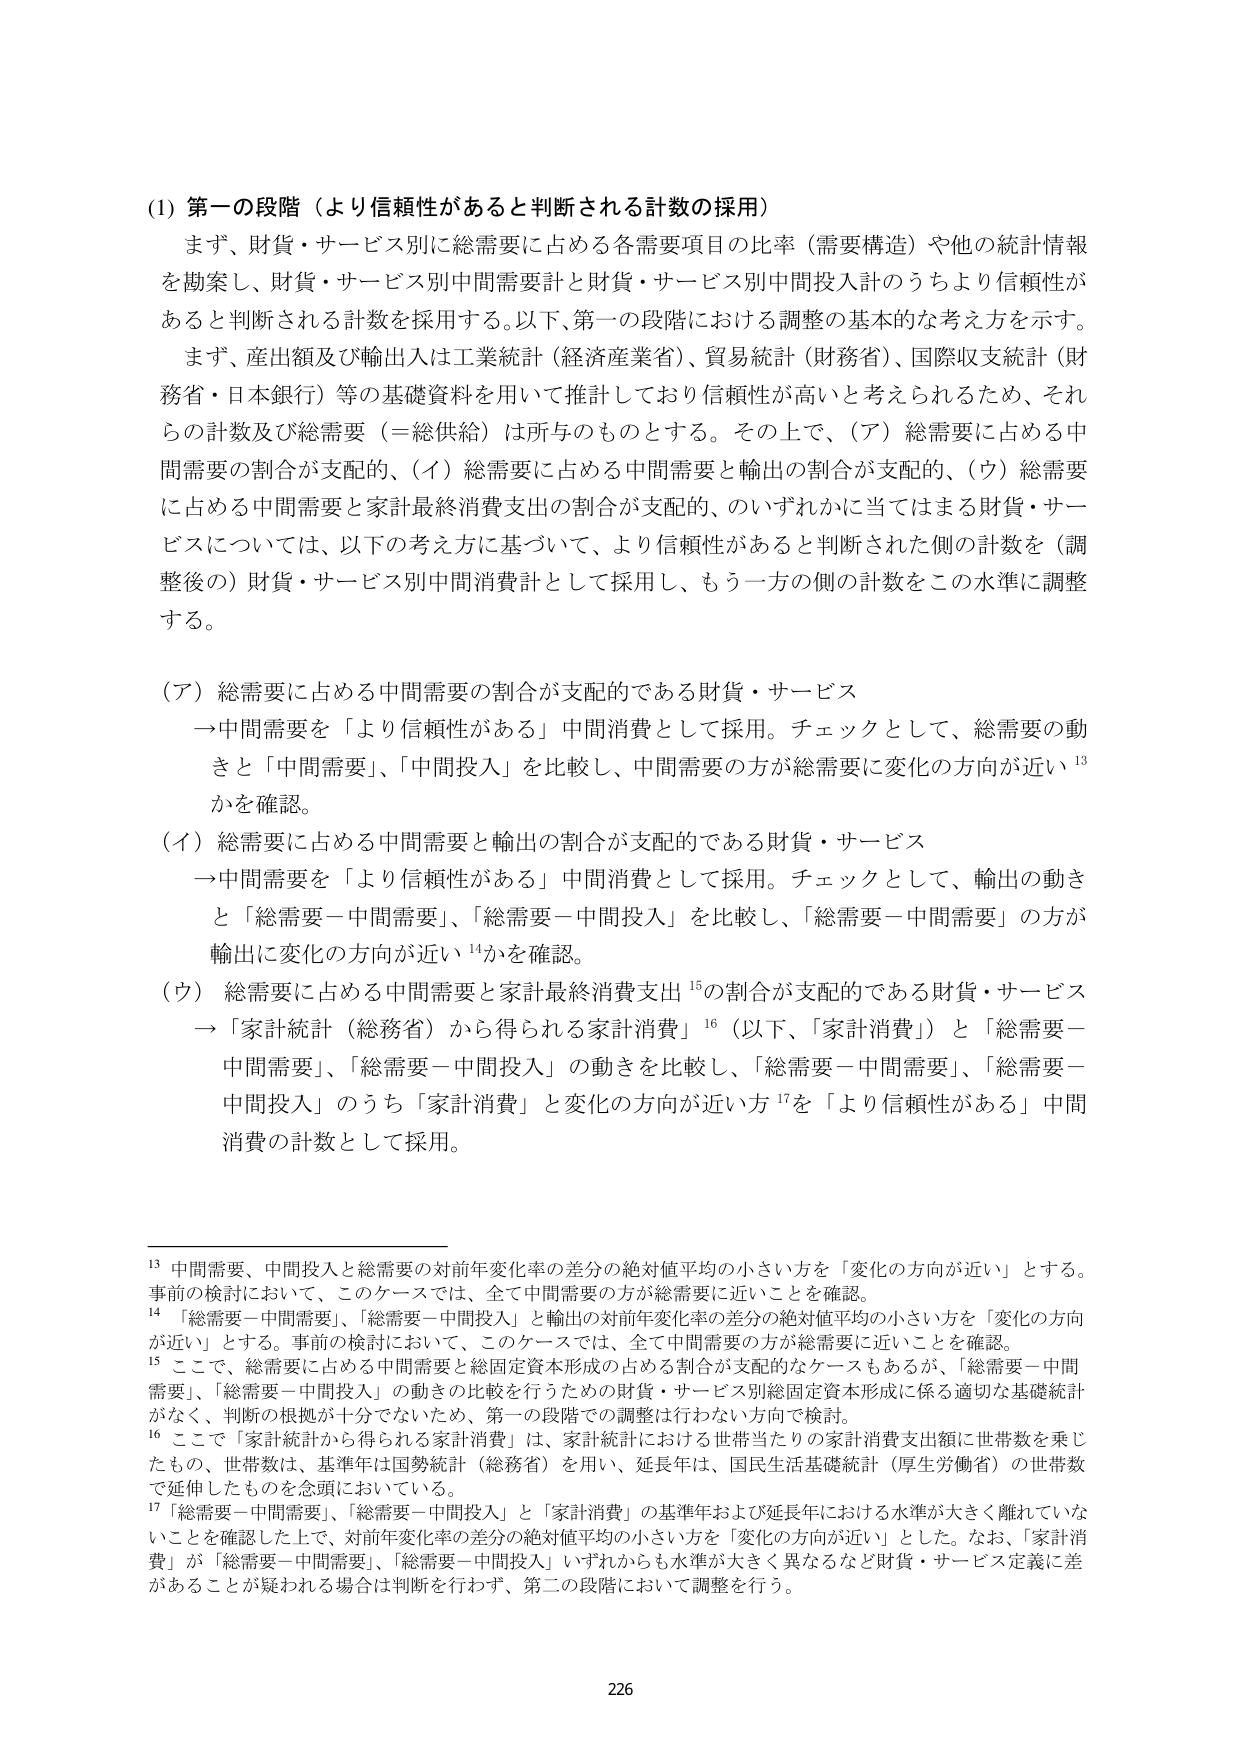
(1) 第一の段階（より信頼性があると判断される計数の採用）

まず、財貨・サービス別に総需要に占める各需要項目の比率（需要構造）や他の統計情報を勘案し、財貨・サービス別中間需要計と財貨・サービス別中間投入計のうちより信頼性があると判断される計数を採用する。以下、第一の段階における調整の基本的な考え方を示す。

まず、産出額及び輸出入は工業統計（経済産業省）、貿易統計（財務省）、国際収支統計（財務省・日本銀行）等の基礎資料を用いて推計しており信頼性が高いと考えられるため、それらの計数及び総需要（＝総供給）は所与のものとする。その上で、（ア）総需要に占める中間需要の割合が支配的、（イ）総需要に占める中間需要と輸出の割合が支配的、（ウ）総需要に占める中間需要と家計最終消費支出の割合が支配的、のいずれかに当てはまる財貨・サービスについては、以下の考え方に基づいて、より信頼性があると判断された側の計数を（調整後の）財貨・サービス別中間消費計として採用し、もう一方の側の計数をこの水準に調整する。

（ア）総需要に占める中間需要の割合が支配的である財貨・サービス
→中間需要を「より信頼性がある」中間消費として採用。チェックとして、総需要の動きと「中間需要」、「中間投入」を比較し、中間需要の方が総需要に変化の方向が近い¹³かを確認。

（イ）総需要に占める中間需要と輸出の割合が支配的である財貨・サービス
→中間需要を「より信頼性がある」中間消費として採用。チェックとして、輸出の動きと「総需要－中間需要」、「総需要－中間投入」を比較し、「総需要－中間需要」の方が輸出に変化の方向が近い¹⁴かを確認。

（ウ）総需要に占める中間需要と家計最終消費支出¹⁵の割合が支配的である財貨・サービス
→「家計統計（総務省）から得られる家計消費」¹⁶（以下、「家計消費」）と「総需要－中間需要」、「総需要－中間投入」の動きを比較し、「総需要－中間需要」、「総需要－中間投入」のうち「家計消費」と変化の方向が近い方¹⁷を「より信頼性がある」中間消費の計数として採用。

---

¹³ 中間需要、中間投入と総需要の対前年変化率の差分の絶対値平均の小さい方を「変化の方向が近い」とする。事前の検討において、このケースでは、全て中間需要の方が総需要に近いことを確認。

¹⁴ 「総需要－中間需要」、「総需要－中間投入」と輸出の対前年変化率の差分の絶対値平均の小さい方を「変化の方向が近い」とする。事前の検討において、このケースでは、全て中間需要の方が総需要に近いことを確認。

¹⁵ ここで、総需要に占める中間需要と総固定資本形成の占める割合が支配的なケースもあるが、「総需要－中間需要」、「総需要－中間投入」の動きの比較を行うための財貨・サービス別固定資本形成に係る適切な基礎統計がなく、判断の根拠が十分でないため、第一の段階での調整は行わない方向で検討。

¹⁶ ここで「家計統計から得られる家計消費」は、家計統計における世帯当たりの家計消費支出額に世帯数を乗じたもの、世帯数は、基準年は国勢統計（総務省）を用い、延長年は、国民生活基礎統計（厚生労働省）の世帯数で延伸したものを念頭においている。

¹⁷ 「総需要－中間需要」、「総需要－中間投入」と「家計消費」の基準年および延長年における水準が大きく離れていないことを確認した上で、対前年変化率の差分の絶対値平均の小さい方を「変化の方向が近い」とした。なお、「家計消費」が「総需要－中間需要」、「総需要－中間投入」いずれからも水準が大きく異なるなど財貨・サービス定義に差があることが疑われる場合は判断を行わず、第二の段階において調整を行う。

226